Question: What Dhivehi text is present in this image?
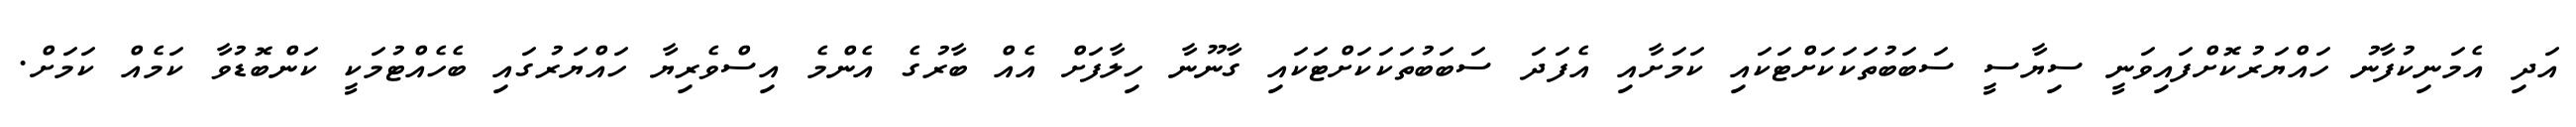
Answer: އަދި އެމަނިކުފާނު ހައްޔަރުކޮށްފައިވަނީ ސިޔާސީ ސަބަބުތަކަކަށްޓަކައި ކަމަށާއި އެފަދަ ސަބަބުތަކަކަށްޓަކައި ގާނޫނާ ހިލާފަށް އެއް ބާރުގެ އެންމެ އިސްވެރިޔާ ހައްޔަރުގައި ބެހެއްޓުމަކީ ކަންބޮޑުވާ ކަމެއް ކަމަށް.